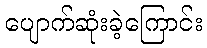
ပျောက်ဆုံးခဲ့ကြောင်း